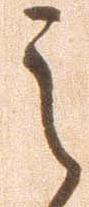
之